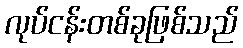
လုပ်ငန်းတစ်ခုဖြစ်သည်